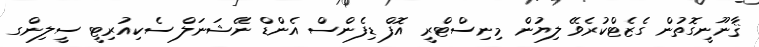
ޤާނޫނީގޮތުން ގެޒެޓްކުރެވޭ ލިޔުން މިނިސްޓްރީ އޮފް ޑިފެންސް އެންޑް ނޭޝަނަލް ސެކިއުރިޓީ ސީލިންގ